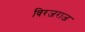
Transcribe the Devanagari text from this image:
विरजराज